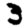
Digit: 3